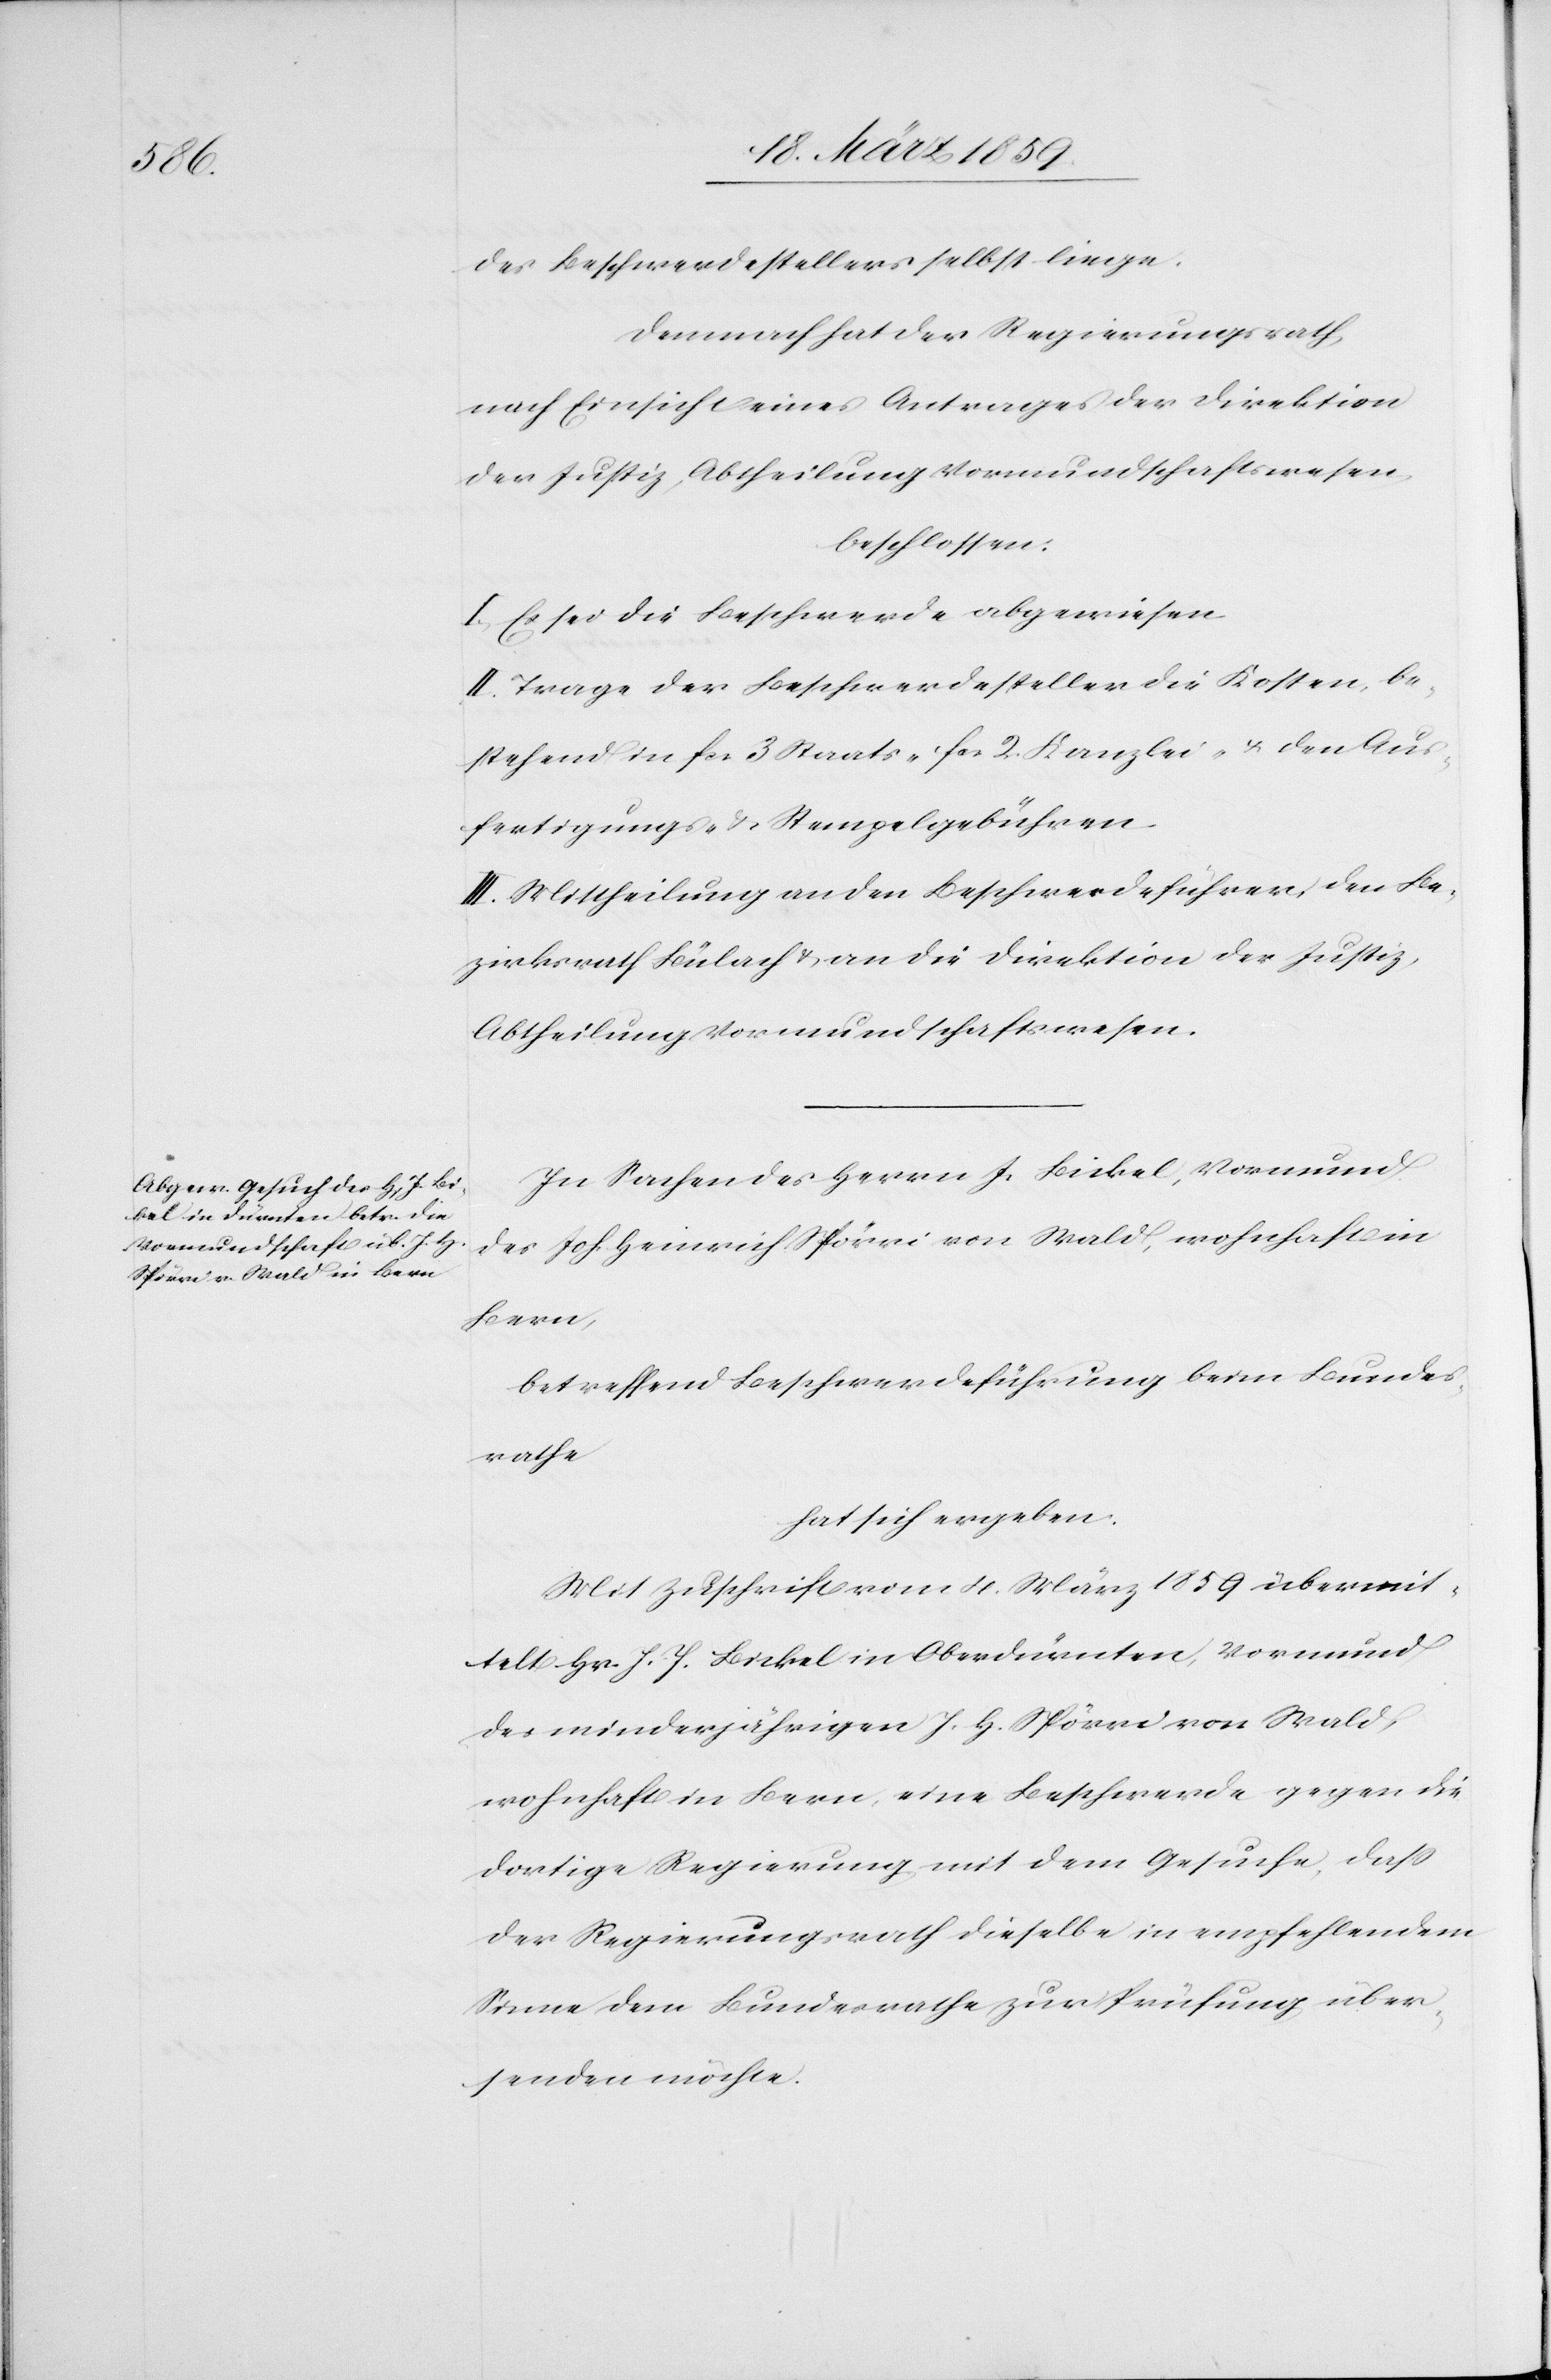
des Beschwerdestellers selbst liege.
Demnach hat der Regierungsrath,
nach Einsicht eines Antrages der Direktion
der Justiz, Abtheilung Vormundschaftswesen,
beschlossen:
I. Es sei die Beschwerde abgewiesen.
II. Trage der Beschwerdesteller die Kosten, be¬
stehend in fcs 3 Staats-[,] fcs 2. Kanzlei- u. den Aus¬
fertigungs- & Stempelgebühren.
III. Mittheilung an den Beschwerdeführer, den Be¬
zirksrath Bülach & an die Direktion der Justiz,
Abtheilung Vormundschaftswesen.
In Sachen des Herrn J. Bickel, Vormund
des Joh. Heinrich Spörri von Wald, wohnhaft in
Bern,
betreffend Beschwerdeführung beim Bundes¬
rathe
hat sich ergeben:
Mit Zuschrift vom 4. März 1859 übermit¬
telt Hr J. J. Bickel in Oberdürnten, Vormund
des minderjährigen J. H. Spörri von Wald,
wohnhaft in Bern, eine Beschwerde gegen die
dortige Regierung mit dem Gesuche, daß
der Regierungsrath dieselbe in empfehlendem
Sinne dem Bundesrathe zur Prüfung über¬
senden möchte.